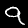
Label: 9